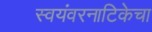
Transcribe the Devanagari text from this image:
स्वयंवरनाटिकेचा